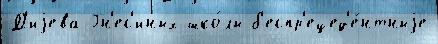
Д'иjева Гн'ес'иных шко́лы б'еспр'ецед'е́нтныjе